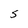
Character: S